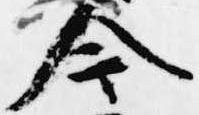
今